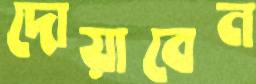
দোয়াবেন